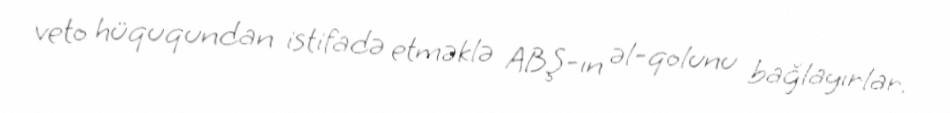
veto hüququndan istifadə etməklə ABŞ-ın əl-qolunu bağlayırlar.